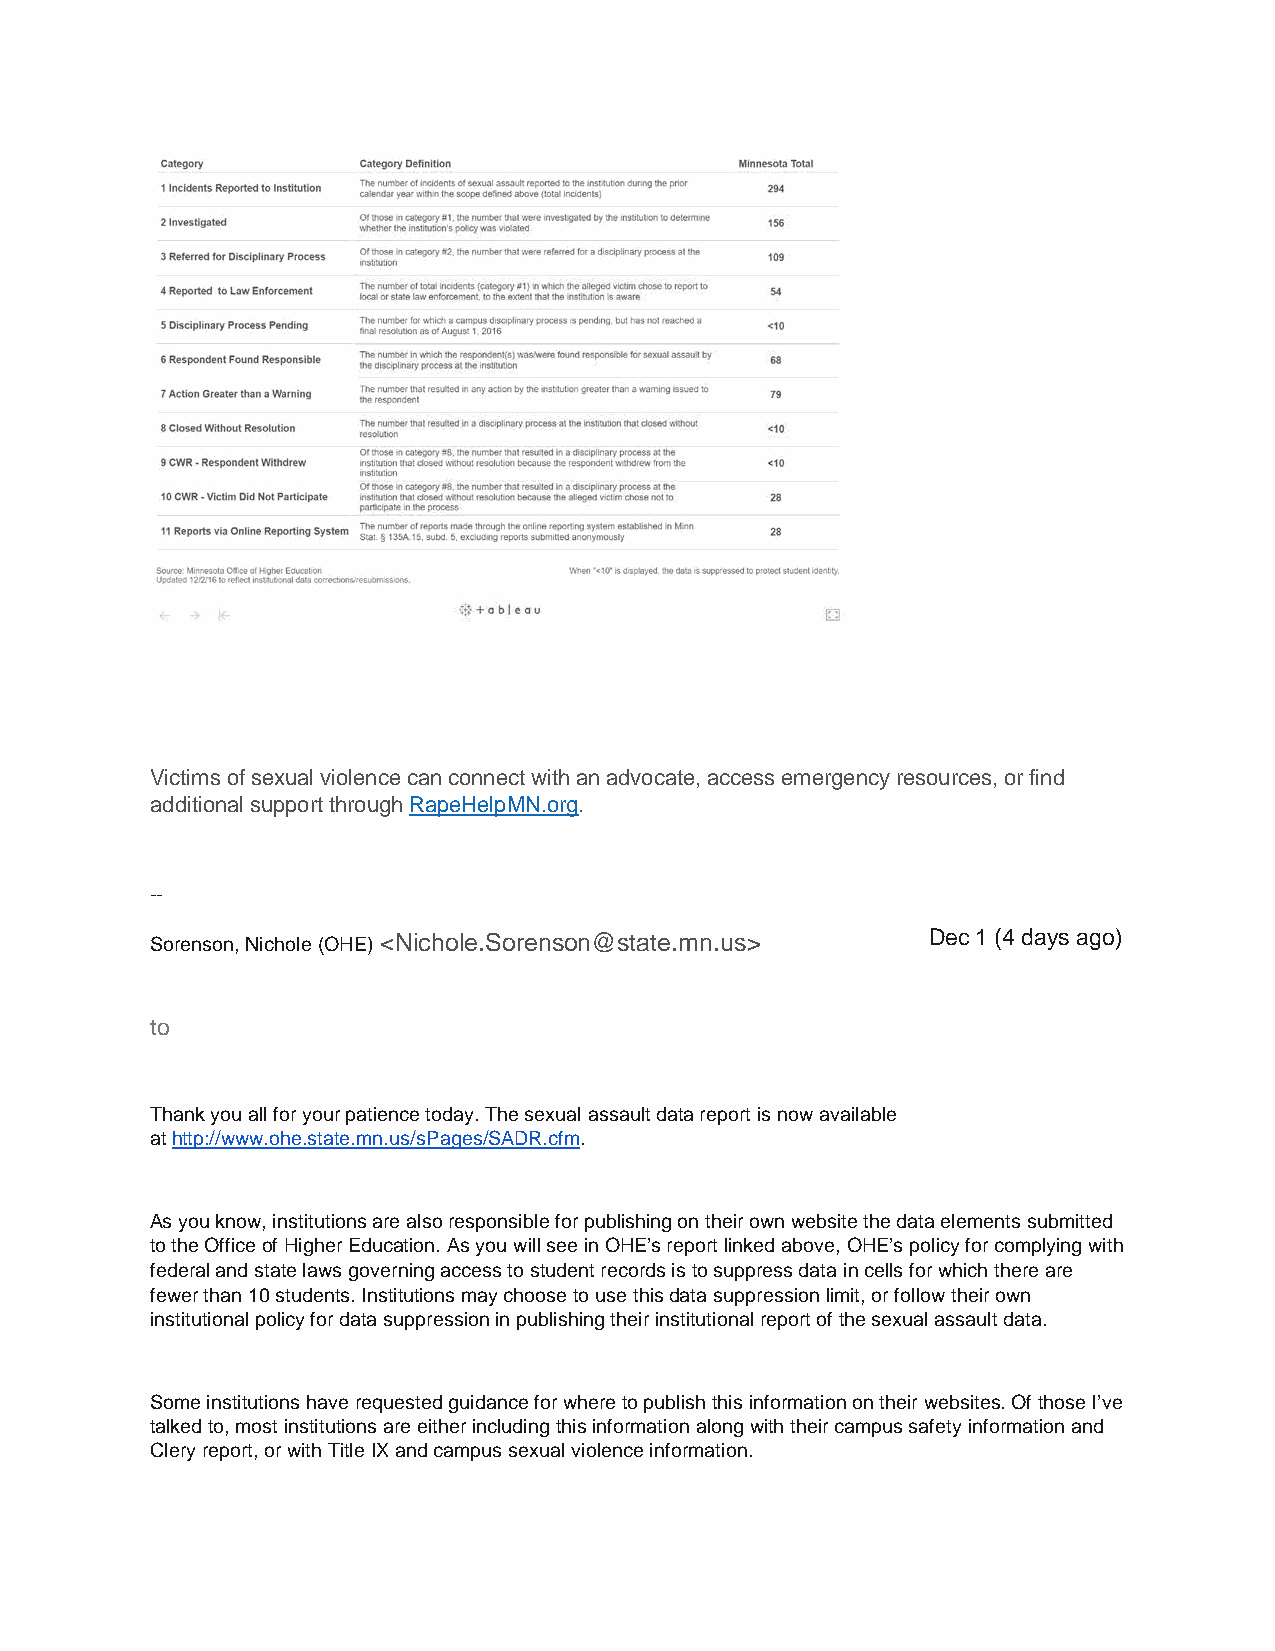
Victims of sexual violence can connect with an advocate, access emergency resources, or find
 additional support through RapeHelpMN.org.
 --
 Sorenson, Nichole (OHE) <Nichole.Sorenson@state.mn.us> Dec 1 (4 days ago)
 to
 Thank you all for your patience today. The sexual assault data report is now available
 at http://www.ohe.state.mn.us/sPages/SADR.cfm.
 As you know, institutions are also responsible for publishing on their own website the data elements submitted
 to the Office of Higher Education. As you will see in OHE’s report linked above, OHE’s policy for complying with
 federal and state laws governing access to student records is to suppress data in cells for which there are
 fewer than 10 students. Institutions may choose to use this data suppression limit, or follow their own
 institutional policy for data suppression in publishing their institutional report of the sexual assault data.
 Some institutions have requested guidance for where to publish this information on their websites. Of those I’ve
 talked to, most institutions are either including this information along with their campus safety information and
 Clery report, or with Title IX and campus sexual violence information.